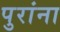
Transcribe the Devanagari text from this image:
पुरांना